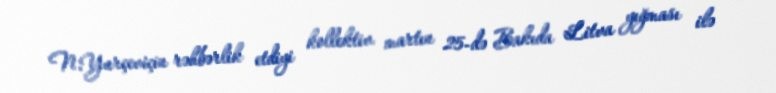
N.Yurçeviçin rəhbərlik etdiyi kollektiv martın 25-də Bakıda Litva yığması ilə